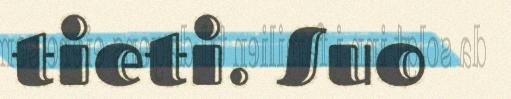
tieti. Suo